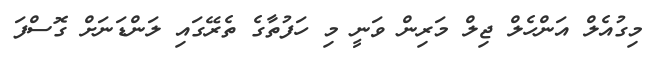
މިގުއެލް އަންހެލް ޖިލް މަރިން ވަނީ މި ހަފުތާގެ ތެރޭގައި ލަންޑަނަށް ގޮސްފަ